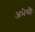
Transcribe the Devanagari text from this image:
अभैस्तैः